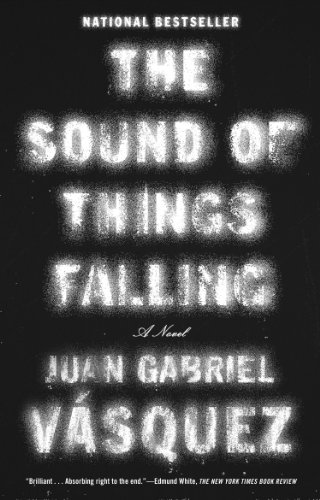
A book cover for The Sound of Things Falling; Juan Gabriel Vasquez; Mystery, Thriller & Suspense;